Report of the Indian Hemp Drugs Commission, 1894-1895 - Volume VII
Year: 1894
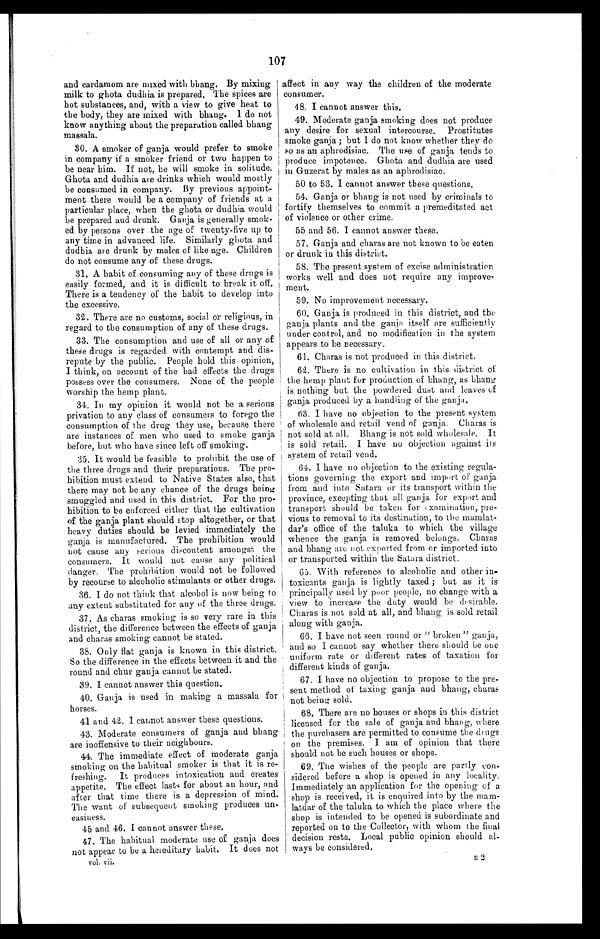
107
and cardamom are mixed with bhang. By mixing
milk to ghota dudhia is prepared. The spices are
hot substances, and, with a view to give heat to
the body, they are mixed with bhang. I do not
know anything about the preparation called bhang
massala.
30. A smoker of ganja would prefer to smoke
in company if a smoker friend or two happen to
be near him. If not, he will smoke in solitude.
Ghota and dudhia are drinks which would mostly
be consumed in company. By previous appoint--
ment there would be a company of friends at a
particular place, when the ghota or dudhia would
be prepared and drunk. Ganja is generally smok
- e d b y p e r s o n s o v e r t h e a g e o f t w e n t y - f i v e u p t o
any time in advanced life. Similarly ghota and
dudhia are drunk by males of like age. Children
do not consume any of these drugs.
31. A habit of consuming any of these drugs is
easily formed, and it is difficult to break it off.
There is a tendency of the habit to develop into
the excessive.
32. There are no customs, social or religious, in
regard to the consumption of any of these drugs.
33. The consumption and use of all or any of
these drugs is regarded with contempt and di
s-repute by the public. People hold this opinion,
I think, on account of the bad effects the drugs
possess over the consumers. None of the people
worship the hemp plant.
34. In my opinion it would not be a serious
privation to any class of consumers to forego the
consumption of the drug they use, because there
are instances of men who used to smoke ganja
before, but who have since left off smoking.
35. It would be feasible to prohibit the use of
the three drugs and their preparations. The pr
o - h i b i t i o n m u s t e x t e n d t o N a t i v e S t a t e s a l s o , t h a t
there may not be any chance of the drugs being
smuggled and used in this district. For the pro
- h i b i t i o n t o b e e n f o r c e d e i t h e r t h a t t h e c u l t i v a t i o n
of the ganja plant should stop altogether, or that
heavy duties should be levied immediately the
ganja is manufactured. The prohibition would
not cause any serious discontent amongst the
consumers. It would not cause any political
danger. The prohibition would not be followed
by recourse to alcoholic stimulants or other drugs.
36. I do not think that alcohol is now being to
any extent substituted for any of the three drugs.
37. As charas smoking is so very rare in this
district, the difference between the effects of ganja
and charas smoking cannot be stated.
38. Only flat ganja is known in this district.
So the difference in the effects between it and the
round and chur ganja cannot be stated.
39. I cannot answer this question.
40. Ganja is used in making a massala for
horses.
41 and 42. I cannot answer these questions.
43. Moderate consumers of ganja and bhang
are inoffensive to their neighbours.
44. The immediate effect of moderate ganja
smoking on the habitual smoker is that it is re
- f r e s h i n g . I t p r o d u c e s i n t o x i c a t i o n a n d c r e a t e s
appetite. The effect lasts for about an hour, and
after that time there is a depression of mind.
The want of subsequent smoking produces u
n - e a s i n e s s .
45 and 46. I cannot answer these.
47. The habitual moderate use of ganja does
not appear to be a hereditary habit. It does not
vol. vii.
affect in any way the children of the moderate
consumer.
48. I cannot answer this.
49. Moderate ganja smoking does not produce
any desire for sexual intercourse. Prostitutes
smoke ganja ; but I do not know whether they do
so as an aphrodisiac. The use of ganja tends to
produce impotence. Ghota and dudhia are used
in Guzerat by males as an aphrodisiac.
50 to 53. I cannot answer these questions.
54. Ganja or bhang is not used by criminals to
fortify themselves to commit a premeditated act
of violence or other crime.
55 and 56. I cannot answer these.
57. Ganja and charas are not known to be eaten
or drunk in this district.
58. The present system of excise administration
works well and does not require any improve
- m e n t .
59. No improvement necessary.
60. Ganja is produced in this district, and the
ganja plants and the ganja itself are sufficiently
under control, and no modification in the system
appears to be necessary.
61. Charas is not produced in this district.
62. There is no cultivation in this district of
the hemp plant for production of bhang, as bhang
is nothing but the powdered dust and leaves of
ganja produced by a handling of the ganja.
63. I have no objection to the present system
of wholesale and retail vend of ganja. Charas is
not sold at all. Bhang is not sold wholesale. It
is sold retail. I have no objection against its
system of retail vend.
64. I have no objection to the existing regula
- t i o n s g o v e r n i n g t h e e x p o r t a n d i m p o r t o f g a n j a
from and into Satara or its transport within the
province, excepting that all ganja for export and
transport should be taken for examination, pre
-vious to removal to its destination, to the mamlat
- d a r ' s o f f i c e o f t h e t a l u k a t o w h i c h t h e v i l l a g e
whence the ganja is removed belongs. Charas
and bhang are not exported from or imported into
or transported within the Satara district.
65. With reference to alcoholic and other in
- t o x i c a n t s g a n j a i s l i g h t l y t a x e d ; b u t a s i t i s
principally used by poor people, no change with a
view to increase the duty would be desirable.
Charas is not sold at all, and bhang is sold retail
along with ganja.
66. I have not seen round or " broken " ganja,
and so I cannot say whether there should be one
uniform rate or different rates of taxation for
different kinds of ganja.
67. I have no objection to propose to the pre
- s e n t m e t h o d o f t a x i n g g a n j a a n d b h a n g , c h a r a s
not being. sold.
68. There are no houses or shops in this district
licensed for the sale of ganja and bhang, where
the purchasers are permitted to consume the drugs
on the premises. I am of opinion that there
should not be such houses or shops.
69. The wishes of the people are partly con
-sidered before a shop is opened in any locality.
Immediately an application for the opening of a
shop is received, it is enquired into by the mam
-latdar of the taluka to which the place where the
shop is intended to be opened is subordinate and
reported on to the Collector, with whom the final
decision rests. Local public opinion should al
-ways be considered.
R 2